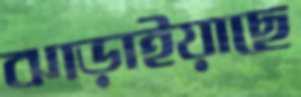
ঝাড়াইয়াছে